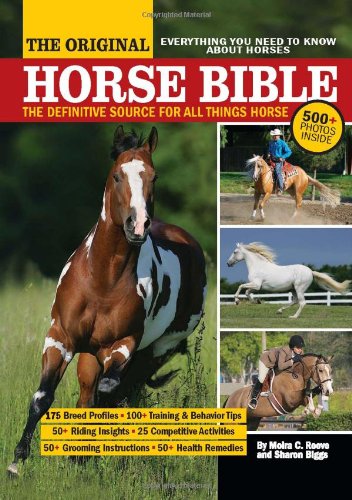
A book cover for The Original Horse Bible: The Definitive Source for All Things Horse; Moira C. Reeve; Sports & Outdoors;